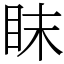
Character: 眜